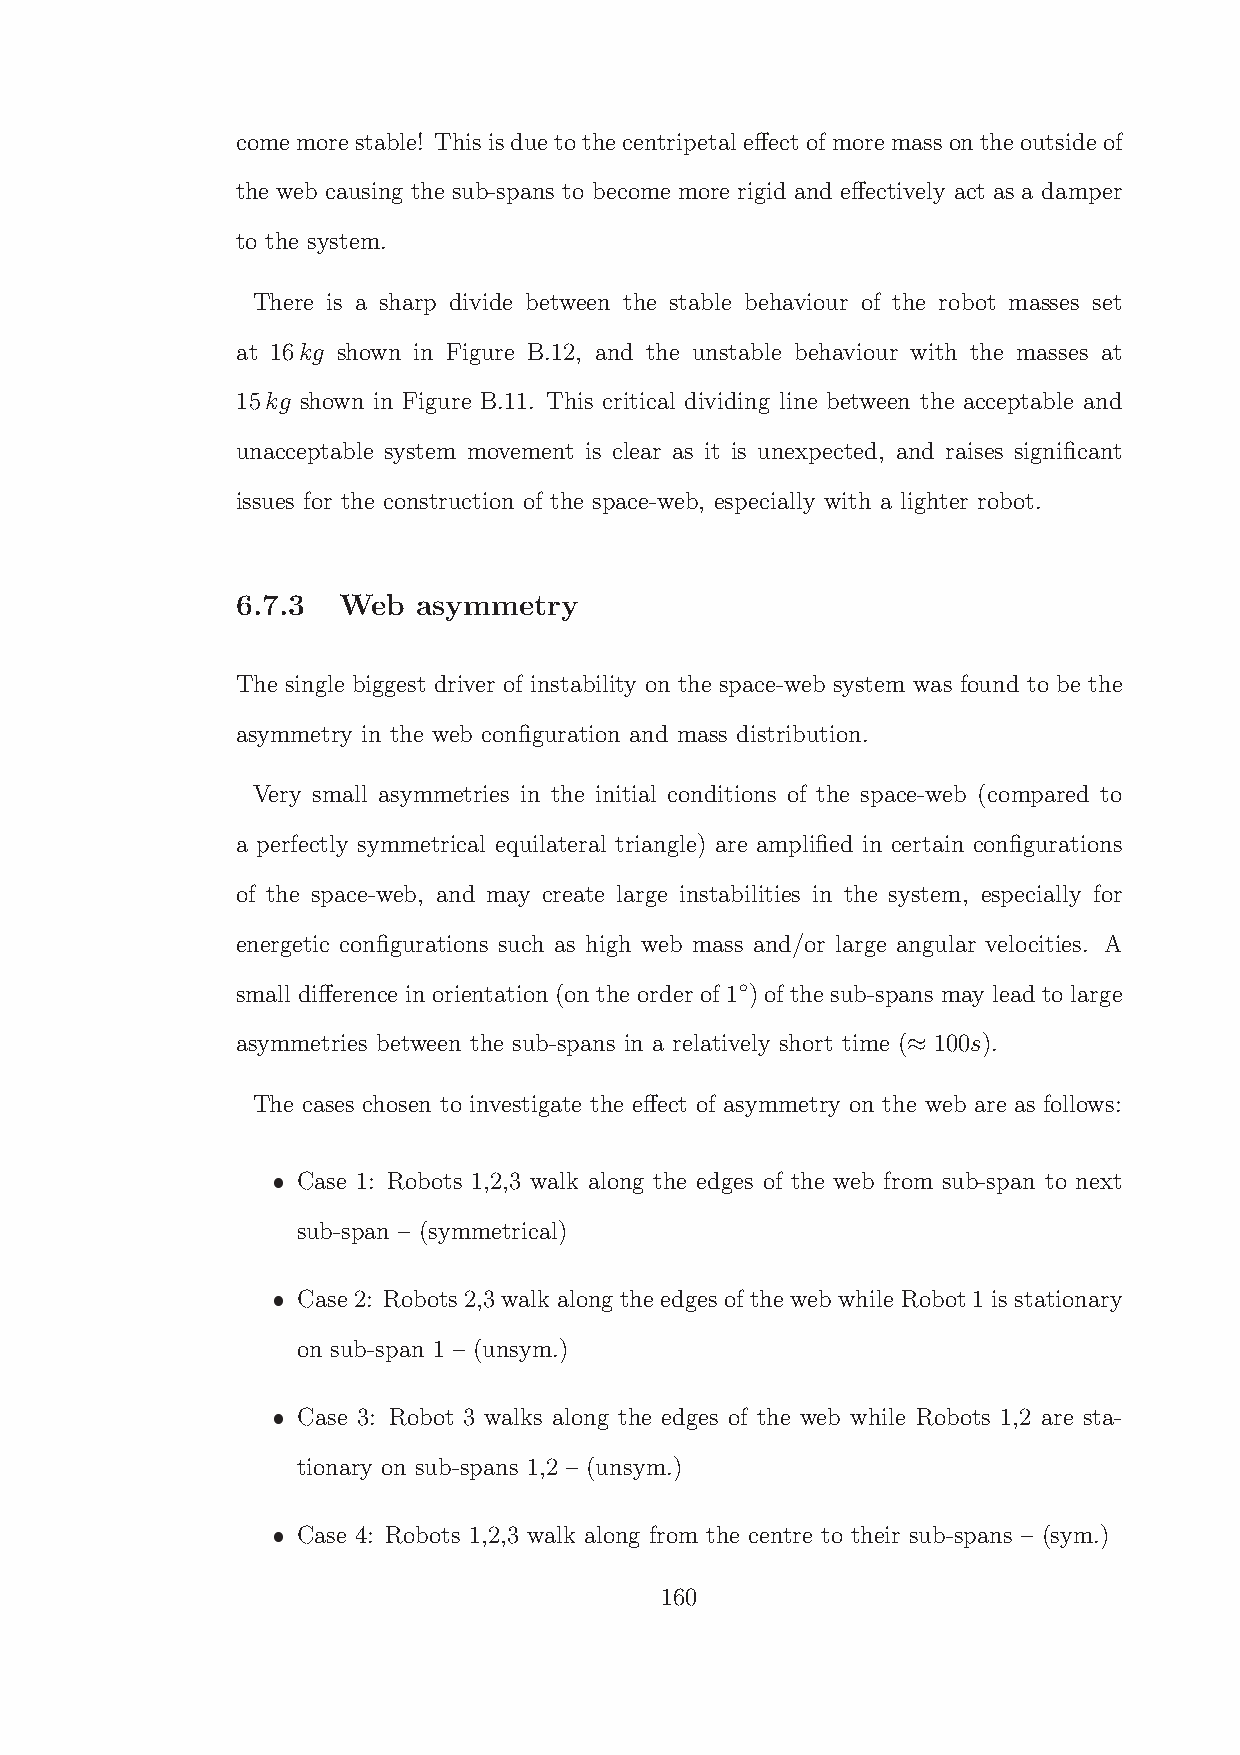
comemorestable! This isdueto thecentripetal effect of moremassontheoutside of
 the web causing the sub-spans to become more rigid and effectively act as a damper
 to the system.
 There is a sharp divide between the stable behaviour of the robot masses set
 at 16kg shown in Figure B.12, and the unstable behaviour with the masses at
 15kg shown in Figure B.11. This critical dividing line between the acceptable and
 unacceptable system movement is clear as it is unexpected, and raises significant
 issues for the construction of the space-web, especially with a lighter robot.
 6.7.3 Web   asymmetry
 The single biggest driver of instability on the space-web system was found to be the
 asymmetry in the web configuration and mass distribution.
 Very small asymmetries in the initial conditions of the space-web (compared to
 a perfectly symmetrical equilateral triangle) are amplified in certain configurations
 of the space-web, and may create large instabilities in the system, especially for
 energetic configurations such as high web mass and/or large angular velocities. A
 ◦
 small difference in orientation (on the order of 1 ) of the sub-spans may lead to large
 asymmetries between the sub-spans in a relatively short time ( 100s).
 ≈
 The cases chosen to investigate the effect of asymmetry on the web are as follows:
 Case 1: Robots 1,2,3 walk along the edges of the web from sub-span to next
 sub-span – (symmetrical)
 Case 2: Robots2,3 walk along the edges of the web while Robot1 is stationary
 on sub-span 1 – (unsym.)
 Case 3: Robot 3 walks along the edges of the web while Robots 1,2 are sta-
 tionary on sub-spans 1,2 – (unsym.)
 Case 4: Robots 1,2,3 walk along from the centre to their sub-spans – (sym.)
 160
 ˆ
 ˆ
 ˆ
 ˆ